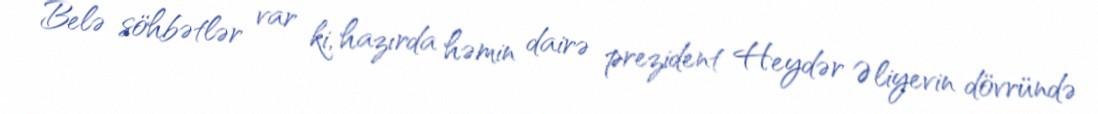
Belə söhbətlər var ki, hazırda həmin dairə prezident Heydər Əliyevin dövründə